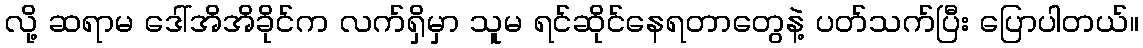
လို့ ဆရာမ ဒေါ်အိအိခိုင်က လက်ရှိမှာ သူမ ရင်ဆိုင်နေရတာတွေနဲ့ ပတ်သက်ပြီး ပြောပါတယ်။